Medical and sanitary report on the native army of Bombay for the year
Year: 1879
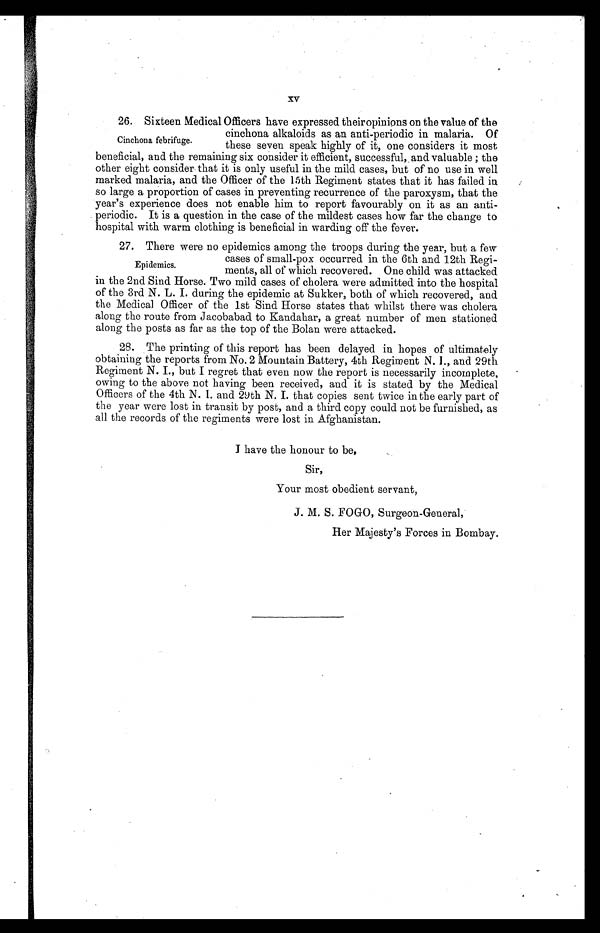
xv
26. Sixteen Medical Officers have expressed theiropinions on the value of the
cinchona alkaloids as an anti-periodic in malaria. Of
these seven speak highly of it, one considers it most
beneficial, and the remaining six consider it efficient, successful, and valuable; the
other eight consider that it is only useful in the mild cases, but of no use in well
marked malaria, and the Officer of the 15th Regiment states that it has failed in
so large a proportion of cases in preventing recurrence of the paroxysm, that the
year's experience does not enable him to report favourably on it as an anti-
periodic. It is a question in the case of the mildest cases how far the change to
hospital with warm clothing is beneficial in warding off the fever.
27. There were no epidemics among the troops during the year, but a few
cases of small-pox occurred in the 6th and 12th Regi-
ments, all of which recovered. One child was attacked
in the 2nd Sind Horse. Two mild cases of cholera were admitted into the hospital
of the 3rd N. L. I. during the epidemic at Sukker, both of which recovered, and
the Medical Officer of the 1st Sind Horse states that whilst there was cholera
along the route from Jacobabad to Kandahar, a great number of men stationed
along the posts as far as the top of the Bolan were attacked.
28. The printing of this report has been delayed in hopes of ultimately
obtaining the reports from No. 2 Mountain Battery, 4th Regiment N. I., and 29th
Regiment N. I., but I regret that even now the report is necessarily incomplete,
owing to the above not having been received, and it is stated by the Medical
Officers of the 4th N. I. and 29th N. I. that copies sent twice in the early part of
the year were lost in transit by post, and a third copy could not be furnished, as
all the records of the regiments were lost in Afghanistan.
Sir,
Your most obedient servant,
J . M. S. FOGO, Surgeon-General,
Her Majesty's Forces in Bombay.
Cinchona febrifuge.
Epidemics.